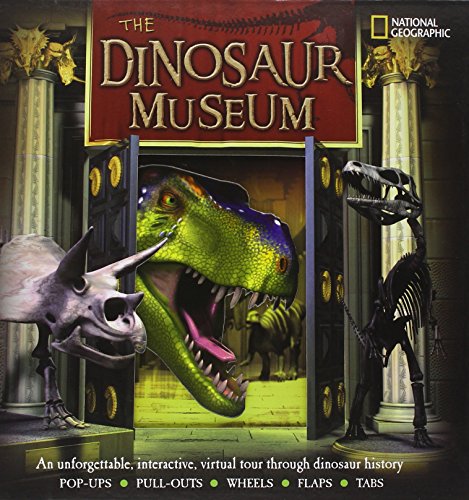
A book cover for The Dinosaur Museum: An Unforgettable, Interactive Virtual Tour Through Dinosaur History; National Geographic Society; Children's Books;